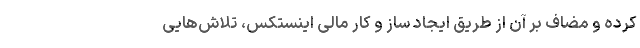
کرده و مضاف بر آن از طریق ایجاد ساز و کار مالی اینستکس، تلاش‌هایی